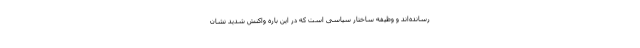
رسانده‌اند و وظیفه ساختار سیاسی است که در این باره واکنش شدید نشان